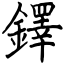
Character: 鐸